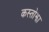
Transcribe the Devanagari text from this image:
कस्तोझा